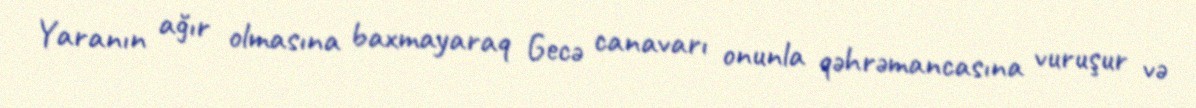
Yaranın ağır olmasına baxmayaraq Gecə canavarı onunla qəhrəmancasına vuruşur və